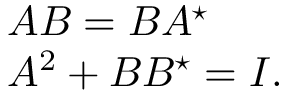
\begin{array} { l } { { A B = B A ^ { \star } } } \\ { { A ^ { 2 } + B B ^ { \star } = I . } } \end{array}